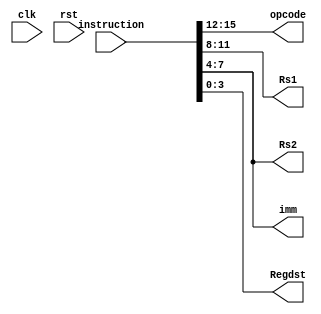
module decoder (instruction, 
	opcode,
	Rs1,
	Rs2,
	Regdst,
	clk,
	rst,
	imm);
input  [15:0]instruction;
//input reg write_en_dec_in;
//output reg write_en_dec_out;
//input reg [3:0]write_addr_dec_in;
//output reg [3:0] write_addr_dec_out;
//input reg [31:0] write_data_dec_in;
//output reg [31:0] write_data_dec_out;
output reg [3:0] opcode, Rs1, Rs2, Regdst, imm;
input clk, rst;
//reg [15:0]instruction ;

/*always @ (*) begin
write_en_dec_out<= write_en_dec_in;
write_addr_dec_out <= write_addr_dec_in;
write_data_dec_out <= write_data_dec_in;
end
*/

always @ (*) begin
opcode = instruction[15:12];
Rs1 = instruction[11:8];
Rs2 = instruction[7:4];
Regdst = instruction[3:0];
imm = instruction[7:4];
end
endmodule